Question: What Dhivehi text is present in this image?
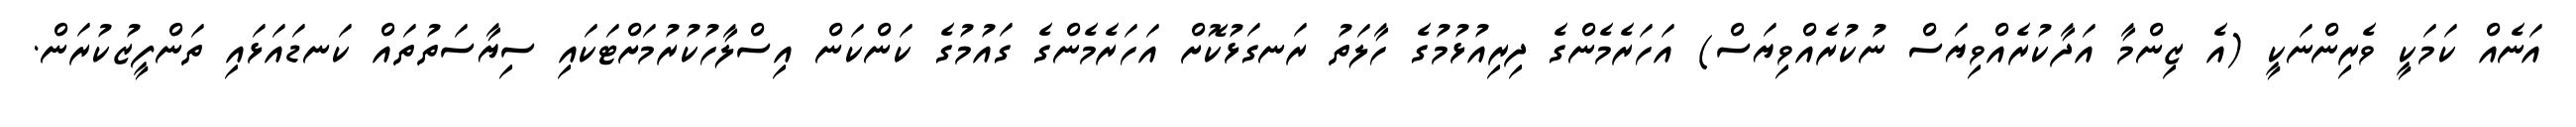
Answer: އަނެއް ކަމަކީ ވެރިންނަކީ (އެ ޒިންމާ އަދާކުރެއްވިޔަސް ނުކުރެއްވިޔަސް) އަހަރެމެންގެ ދިރިއުޅުމުގެ ހާލަތު ރަނގަޅުކޮށް އަހަރެމެންގެ ގައުމުގެ ކަންކަން އިސްލާހުކުރުމަށްޓަކައި ސިޔާސަތުތައް ކަނޑައަޅައި ތަންފީޒުކުރަން.